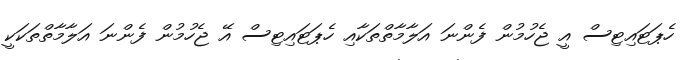
ހެޕަޓައިޓިސް އީ ޖެހުމުން ފެންނަ އަލާމާތްތަކާއި ހެޕަޓައިޓިސް އޭ ޖެހުމުން ފެންނަ އަލާމާތްތަކަކީ